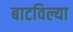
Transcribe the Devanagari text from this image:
बाटविल्या